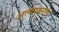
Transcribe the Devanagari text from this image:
अलगकरता